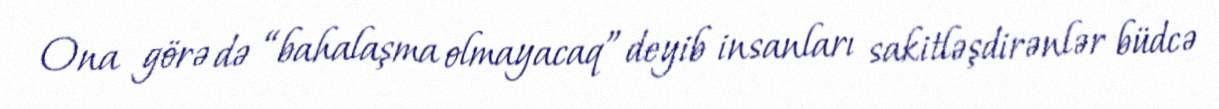
Ona görə də “bahalaşma olmayacaq” deyib insanları sakitləşdirənlər büdcə